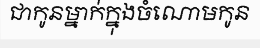
ជាកូនម្នាក់ក្នុងចំណោមកូន